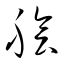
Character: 膾